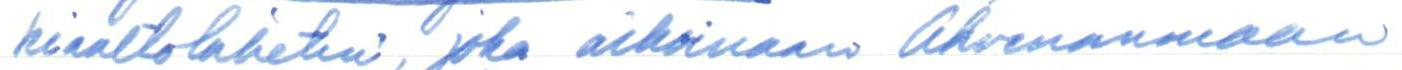
kiaaltolähetin, joka aikoinaan Ahvenanmaan